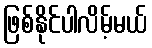
ဖြစ်နိုင်ပါလိမ့်မယ်